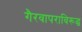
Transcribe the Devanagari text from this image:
गैरवापराविरूद्ध